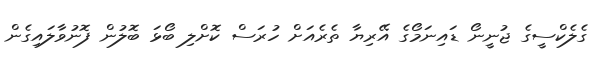
ގެލެކްސީގެ ޖުނީނޯ ޑައިނަމޯގެ އޭރިޔާ ތެރެއަށް ހުރަސް ކޮށްލި ބޯޅަ ބޮލުން ފޮނުވާލައިގެން